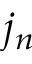
j _ { n }